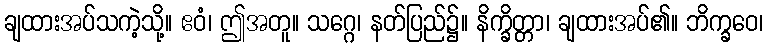
ချထားအပ်သကဲ့သို့။ ဧဝံ၊ ဤအတူ။ သဂ္ဂေ၊ နတ်ပြည်၌။ နိက္ခိတ္တာ၊ ချထားအပ်၏။ ဘိက္ခဝေ၊